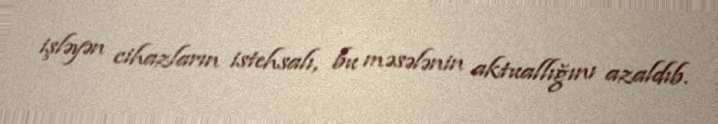
işləyən cihazların istehsalı, bu məsələnin aktuallığını azaldıb.